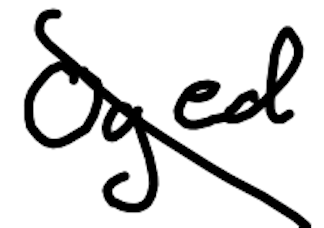
Text: Oged
Cross-out: diagonal
Writing tool: digital_black